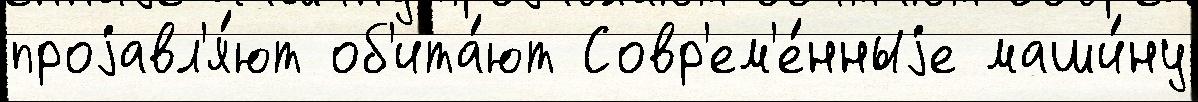
проjавл'я́ют об'ита́ют Совр'ем'е́нныjе маши́ну